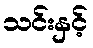
သင်းနှင့်